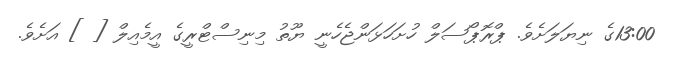
13:00ގެ ނިޔަލަށެވެ. ޕްރޮޕޯސަލް ހުށަހަޅަންޖެހެނީ ޔޫތު މިނިސްޓްރީގެ އީމެއިލް [ ] އަށެވެ.